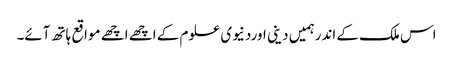
اس ملک کے اندرہمیں دینی اوردنیوی علوم کے اچھے اچھے مواقع ہاتھ آئے۔